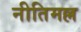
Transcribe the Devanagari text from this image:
नीतिमल्ल